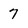
Character: 7